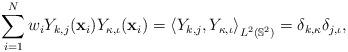
LaTeX: \begin{align*}\sum_{i=1}^N w_iY_{k,j}(\mathbf{x}_i)Y_{\kappa,\iota}(\mathbf{x}_i)=\left\langle Y_{k,j},Y_{\kappa,\iota}\right\rangle_{L^2(\mathbb{S}^2)}=\delta_{k,\kappa}\delta_{j,\iota},\end{align*}